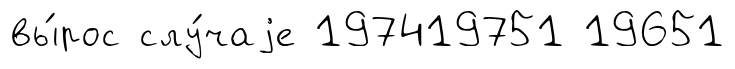
вы́рос слу́чаjе 197419751 19651